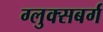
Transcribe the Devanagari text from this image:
ग्लुक्सबर्ग